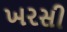
ખરસી